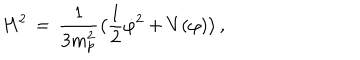
H ^ { 2 } \, = \, { \frac { 1 } { 3 m _ { p } ^ { 2 } } } \bigl ( { \frac { 1 } { 2 } } { \dot { \varphi } } ^ { 2 } + V ( \varphi ) \bigr ) \, ,